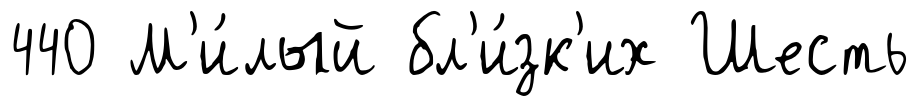
440 М'и́лый бл'и́зк'их Шесть